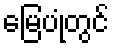
မြေပုံတွင်